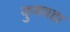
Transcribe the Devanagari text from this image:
कुशवहा